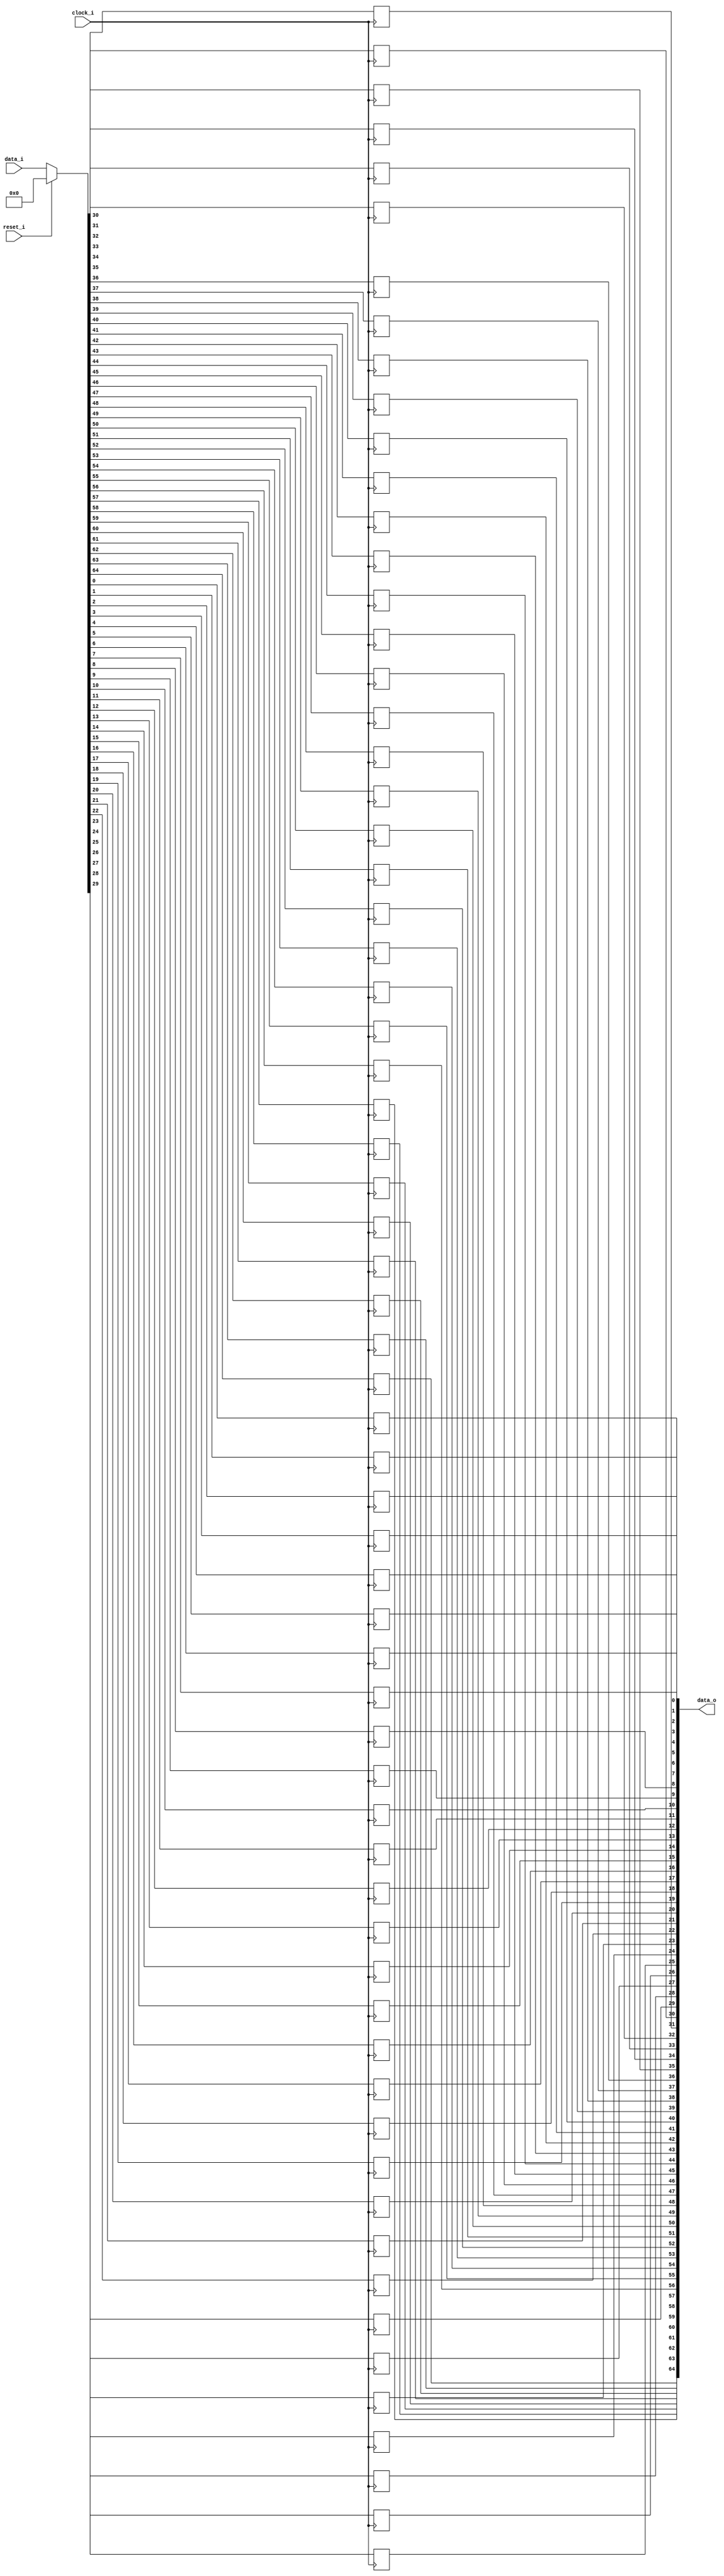
module bsg_dff_reset_width_p65_harden_p0
(
  clock_i,
  data_i,
  reset_i,
  data_o
);

  input [64:0] data_i;
  output [64:0] data_o;
  input clock_i;
  input reset_i;
  wire N0,N1,N2,N3,N4,N5,N6,N7,N8,N9,N10,N11,N12,N13,N14,N15,N16,N17,N18,N19,N20,N21,
  N22,N23,N24,N25,N26,N27,N28,N29,N30,N31,N32,N33,N34,N35,N36,N37,N38,N39,N40,N41,
  N42,N43,N44,N45,N46,N47,N48,N49,N50,N51,N52,N53,N54,N55,N56,N57,N58,N59,N60,N61,
  N62,N63,N64,N65,N66,N67;
  reg [64:0] data_o;

  always @(posedge clock_i) begin
    if(1'b1) begin
      data_o[64] <= N67;
    end 
  end


  always @(posedge clock_i) begin
    if(1'b1) begin
      data_o[63] <= N66;
    end 
  end


  always @(posedge clock_i) begin
    if(1'b1) begin
      data_o[62] <= N65;
    end 
  end


  always @(posedge clock_i) begin
    if(1'b1) begin
      data_o[61] <= N64;
    end 
  end


  always @(posedge clock_i) begin
    if(1'b1) begin
      data_o[60] <= N63;
    end 
  end


  always @(posedge clock_i) begin
    if(1'b1) begin
      data_o[59] <= N62;
    end 
  end


  always @(posedge clock_i) begin
    if(1'b1) begin
      data_o[58] <= N61;
    end 
  end


  always @(posedge clock_i) begin
    if(1'b1) begin
      data_o[57] <= N60;
    end 
  end


  always @(posedge clock_i) begin
    if(1'b1) begin
      data_o[56] <= N59;
    end 
  end


  always @(posedge clock_i) begin
    if(1'b1) begin
      data_o[55] <= N58;
    end 
  end


  always @(posedge clock_i) begin
    if(1'b1) begin
      data_o[54] <= N57;
    end 
  end


  always @(posedge clock_i) begin
    if(1'b1) begin
      data_o[53] <= N56;
    end 
  end


  always @(posedge clock_i) begin
    if(1'b1) begin
      data_o[52] <= N55;
    end 
  end


  always @(posedge clock_i) begin
    if(1'b1) begin
      data_o[51] <= N54;
    end 
  end


  always @(posedge clock_i) begin
    if(1'b1) begin
      data_o[50] <= N53;
    end 
  end


  always @(posedge clock_i) begin
    if(1'b1) begin
      data_o[49] <= N52;
    end 
  end


  always @(posedge clock_i) begin
    if(1'b1) begin
      data_o[48] <= N51;
    end 
  end


  always @(posedge clock_i) begin
    if(1'b1) begin
      data_o[47] <= N50;
    end 
  end


  always @(posedge clock_i) begin
    if(1'b1) begin
      data_o[46] <= N49;
    end 
  end


  always @(posedge clock_i) begin
    if(1'b1) begin
      data_o[45] <= N48;
    end 
  end


  always @(posedge clock_i) begin
    if(1'b1) begin
      data_o[44] <= N47;
    end 
  end


  always @(posedge clock_i) begin
    if(1'b1) begin
      data_o[43] <= N46;
    end 
  end


  always @(posedge clock_i) begin
    if(1'b1) begin
      data_o[42] <= N45;
    end 
  end


  always @(posedge clock_i) begin
    if(1'b1) begin
      data_o[41] <= N44;
    end 
  end


  always @(posedge clock_i) begin
    if(1'b1) begin
      data_o[40] <= N43;
    end 
  end


  always @(posedge clock_i) begin
    if(1'b1) begin
      data_o[39] <= N42;
    end 
  end


  always @(posedge clock_i) begin
    if(1'b1) begin
      data_o[38] <= N41;
    end 
  end


  always @(posedge clock_i) begin
    if(1'b1) begin
      data_o[37] <= N40;
    end 
  end


  always @(posedge clock_i) begin
    if(1'b1) begin
      data_o[36] <= N39;
    end 
  end


  always @(posedge clock_i) begin
    if(1'b1) begin
      data_o[35] <= N38;
    end 
  end


  always @(posedge clock_i) begin
    if(1'b1) begin
      data_o[34] <= N37;
    end 
  end


  always @(posedge clock_i) begin
    if(1'b1) begin
      data_o[33] <= N36;
    end 
  end


  always @(posedge clock_i) begin
    if(1'b1) begin
      data_o[32] <= N35;
    end 
  end


  always @(posedge clock_i) begin
    if(1'b1) begin
      data_o[31] <= N34;
    end 
  end


  always @(posedge clock_i) begin
    if(1'b1) begin
      data_o[30] <= N33;
    end 
  end


  always @(posedge clock_i) begin
    if(1'b1) begin
      data_o[29] <= N32;
    end 
  end


  always @(posedge clock_i) begin
    if(1'b1) begin
      data_o[28] <= N31;
    end 
  end


  always @(posedge clock_i) begin
    if(1'b1) begin
      data_o[27] <= N30;
    end 
  end


  always @(posedge clock_i) begin
    if(1'b1) begin
      data_o[26] <= N29;
    end 
  end


  always @(posedge clock_i) begin
    if(1'b1) begin
      data_o[25] <= N28;
    end 
  end


  always @(posedge clock_i) begin
    if(1'b1) begin
      data_o[24] <= N27;
    end 
  end


  always @(posedge clock_i) begin
    if(1'b1) begin
      data_o[23] <= N26;
    end 
  end


  always @(posedge clock_i) begin
    if(1'b1) begin
      data_o[22] <= N25;
    end 
  end


  always @(posedge clock_i) begin
    if(1'b1) begin
      data_o[21] <= N24;
    end 
  end


  always @(posedge clock_i) begin
    if(1'b1) begin
      data_o[20] <= N23;
    end 
  end


  always @(posedge clock_i) begin
    if(1'b1) begin
      data_o[19] <= N22;
    end 
  end


  always @(posedge clock_i) begin
    if(1'b1) begin
      data_o[18] <= N21;
    end 
  end


  always @(posedge clock_i) begin
    if(1'b1) begin
      data_o[17] <= N20;
    end 
  end


  always @(posedge clock_i) begin
    if(1'b1) begin
      data_o[16] <= N19;
    end 
  end


  always @(posedge clock_i) begin
    if(1'b1) begin
      data_o[15] <= N18;
    end 
  end


  always @(posedge clock_i) begin
    if(1'b1) begin
      data_o[14] <= N17;
    end 
  end


  always @(posedge clock_i) begin
    if(1'b1) begin
      data_o[13] <= N16;
    end 
  end


  always @(posedge clock_i) begin
    if(1'b1) begin
      data_o[12] <= N15;
    end 
  end


  always @(posedge clock_i) begin
    if(1'b1) begin
      data_o[11] <= N14;
    end 
  end


  always @(posedge clock_i) begin
    if(1'b1) begin
      data_o[10] <= N13;
    end 
  end


  always @(posedge clock_i) begin
    if(1'b1) begin
      data_o[9] <= N12;
    end 
  end


  always @(posedge clock_i) begin
    if(1'b1) begin
      data_o[8] <= N11;
    end 
  end


  always @(posedge clock_i) begin
    if(1'b1) begin
      data_o[7] <= N10;
    end 
  end


  always @(posedge clock_i) begin
    if(1'b1) begin
      data_o[6] <= N9;
    end 
  end


  always @(posedge clock_i) begin
    if(1'b1) begin
      data_o[5] <= N8;
    end 
  end


  always @(posedge clock_i) begin
    if(1'b1) begin
      data_o[4] <= N7;
    end 
  end


  always @(posedge clock_i) begin
    if(1'b1) begin
      data_o[3] <= N6;
    end 
  end


  always @(posedge clock_i) begin
    if(1'b1) begin
      data_o[2] <= N5;
    end 
  end


  always @(posedge clock_i) begin
    if(1'b1) begin
      data_o[1] <= N4;
    end 
  end


  always @(posedge clock_i) begin
    if(1'b1) begin
      data_o[0] <= N3;
    end 
  end

  assign { N67, N66, N65, N64, N63, N62, N61, N60, N59, N58, N57, N56, N55, N54, N53, N52, N51, N50, N49, N48, N47, N46, N45, N44, N43, N42, N41, N40, N39, N38, N37, N36, N35, N34, N33, N32, N31, N30, N29, N28, N27, N26, N25, N24, N23, N22, N21, N20, N19, N18, N17, N16, N15, N14, N13, N12, N11, N10, N9, N8, N7, N6, N5, N4, N3 } = (N0)? { 1'b0, 1'b0, 1'b0, 1'b0, 1'b0, 1'b0, 1'b0, 1'b0, 1'b0, 1'b0, 1'b0, 1'b0, 1'b0, 1'b0, 1'b0, 1'b0, 1'b0, 1'b0, 1'b0, 1'b0, 1'b0, 1'b0, 1'b0, 1'b0, 1'b0, 1'b0, 1'b0, 1'b0, 1'b0, 1'b0, 1'b0, 1'b0, 1'b0, 1'b0, 1'b0, 1'b0, 1'b0, 1'b0, 1'b0, 1'b0, 1'b0, 1'b0, 1'b0, 1'b0, 1'b0, 1'b0, 1'b0, 1'b0, 1'b0, 1'b0, 1'b0, 1'b0, 1'b0, 1'b0, 1'b0, 1'b0, 1'b0, 1'b0, 1'b0, 1'b0, 1'b0, 1'b0, 1'b0, 1'b0, 1'b0 } : 
                                                                                                                                                                                                                                                                                                                                            (N1)? data_i : 1'b0;
  assign N0 = reset_i;
  assign N1 = N2;
  assign N2 = ~reset_i;

endmodule